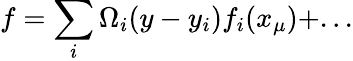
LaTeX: f=\sum_{i}\Omega_{i}(y-y_{i})f_{i}(x_{\mu})+...